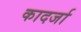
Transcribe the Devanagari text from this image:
कादर्जा